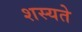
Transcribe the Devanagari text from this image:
शस्यते